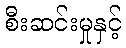
စီးဆင်းမှုနှင့်